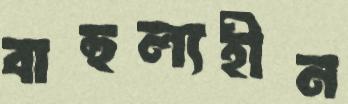
বাহুল্যহীন